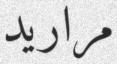
مراريد